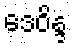
ဒေဝိန္ဒ